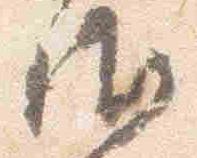
御